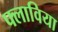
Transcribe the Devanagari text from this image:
फ्लाविया